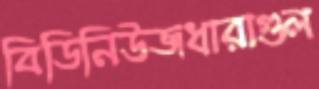
বিডিনিউজধারাগুল